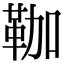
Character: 𩊏